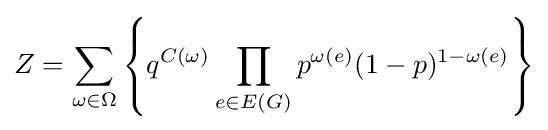
Z=\sum _{\omega \in \Omega }\left\{q^{C(\omega )}\prod _{e\in E(G)}p^{\omega (e)}(1-p)^{1-\omega (e)}\right\}